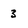
Character: 3